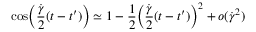
\cos \Bigl ( \frac { \dot { \gamma } } { 2 } ( t - t ^ { \prime } ) \Bigr ) \simeq 1 - \frac { 1 } { 2 } \Bigl ( \frac { \dot { \gamma } } { 2 } ( t - t ^ { \prime } ) \Bigr ) ^ { 2 } + o ( \dot { \gamma } ^ { 2 } )